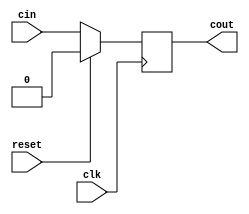
/*
*	carry
*	zero
*/

`define SET_CARRY (1 << 1)
`define SET_ZERO  (1 << 0)

module flags(
	cin,
	cout,
	reset,
	clk
);

parameter WIDTH = 2;

input reset, clk, cin;
output cout;

reg mem;

assign cout = mem;

always @ (negedge clk)
begin
	if (reset)
		mem <= 1'b0;
	else
		mem <= cin;
end



endmodule